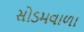
સોડમવાળા